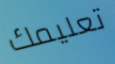
تعليمك